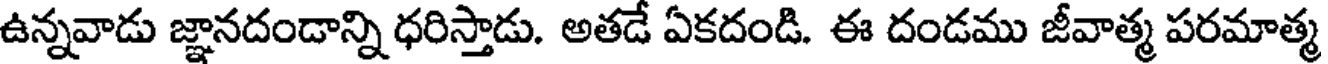
ఉన్నవాడు జ్ఞానదండాన్ని ధరిస్తాడు. అతడే ఏకదండి. ఈ దండము జీవాత్మ పరమాత్మ